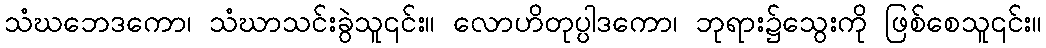
သံဃဘေဒကော၊ သံဃာသင်းခွဲသူ၎င်း။ လောဟိတုပ္ပါဒကော၊ ဘုရား၌သွေးကို ဖြစ်စေသူ၎င်း။